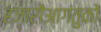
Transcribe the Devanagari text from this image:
हज़ारोंआगंतुकों